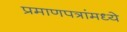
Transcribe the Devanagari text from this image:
प्रमाणपत्रांमध्ये